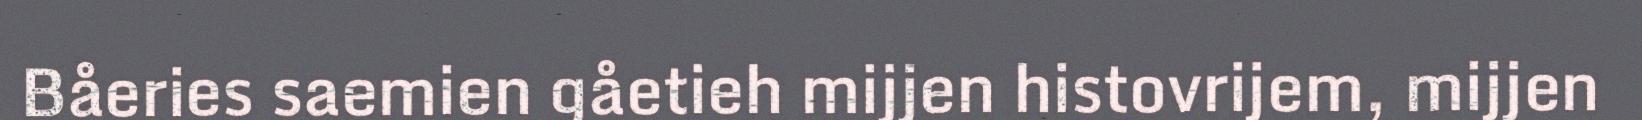
Båeries saemien gåetieh mijjen histovrijem, mijjen